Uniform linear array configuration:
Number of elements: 12
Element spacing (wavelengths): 0.5
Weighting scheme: exponential
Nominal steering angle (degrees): -30
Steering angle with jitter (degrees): -28.761
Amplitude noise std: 0.05
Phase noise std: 0.05

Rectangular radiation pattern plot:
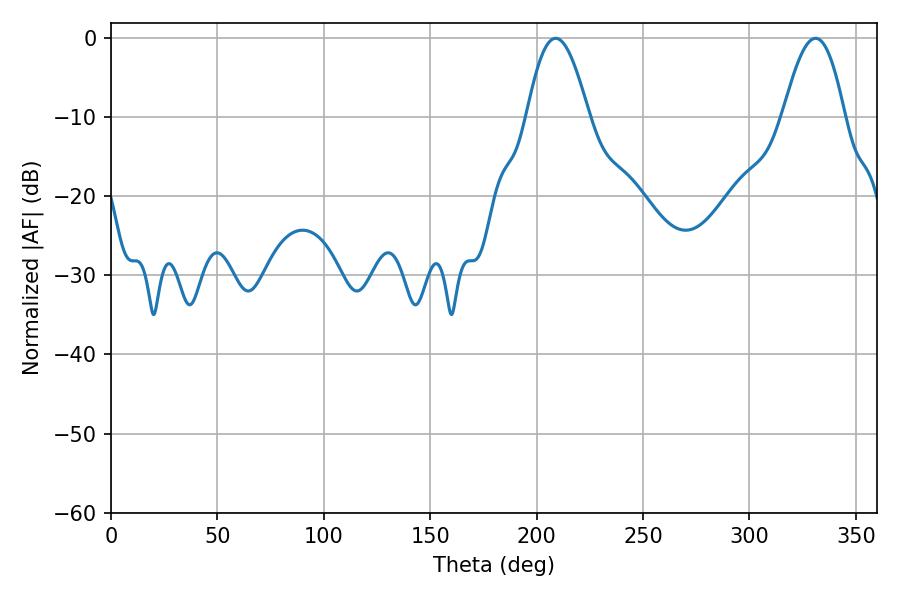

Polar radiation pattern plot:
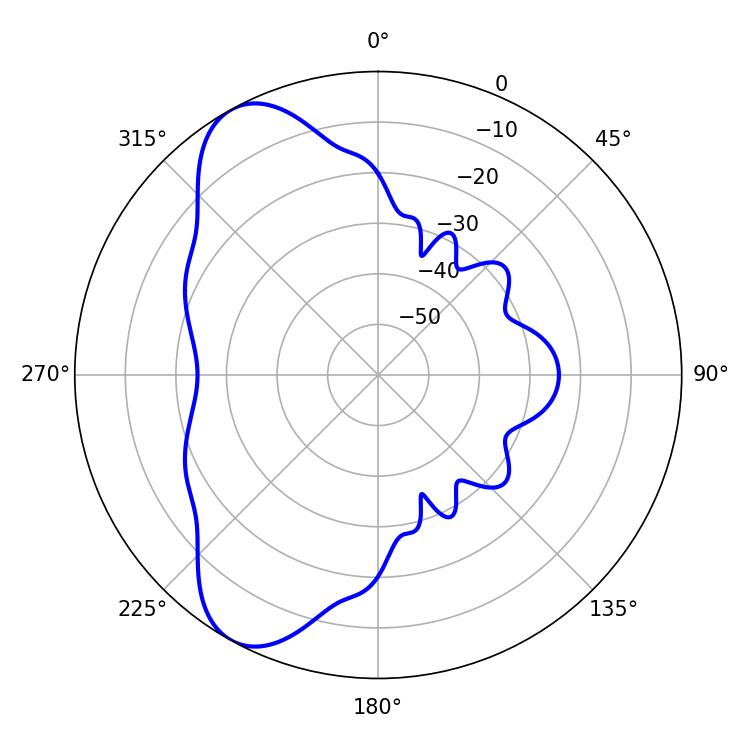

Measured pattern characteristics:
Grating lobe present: FALSE
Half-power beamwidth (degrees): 15.66
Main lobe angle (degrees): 208.98